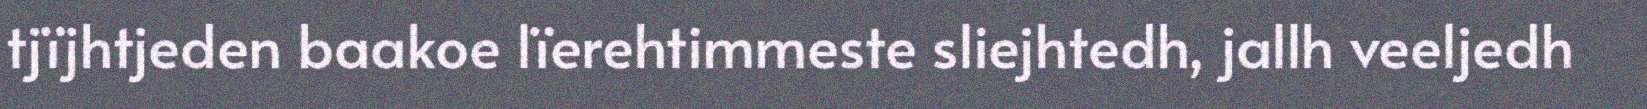
tjïjhtjeden baakoe lïerehtimmeste sliejhtedh, jallh veeljedh